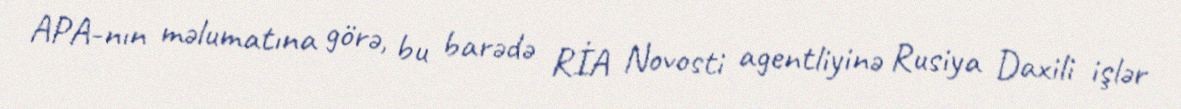
APA-nın məlumatına görə, bu barədə RİA Novosti agentliyinə Rusiya Daxili işlər